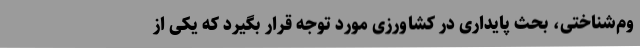
وم‌شناختی، بحث پایداری در کشاورزی مورد توجه قرار بگیرد که یکی از